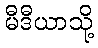
မီဒီယာသို့